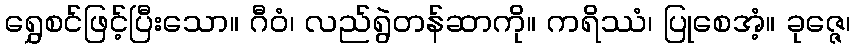
ရွှေစင်ဖြင့်ပြီးသော။ ဂီဝံ၊ လည်ရွဲတန်ဆာကို။ ကရိဿံ၊ ပြုစေအံ့။ ခုဇ္ဇေ၊